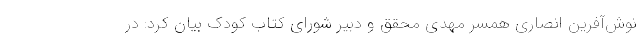
نوش‌آفرین انصاری همسر مهدی محقق و دبیر شورای کتاب کودک بیان کرد: در